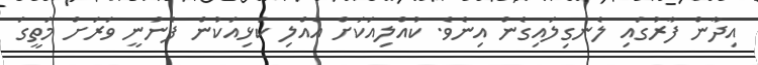
އިދާން ފާރުގައި ލެނގިލައިގެން އިނެވެ. ކުއްލިއަކަށް އެއްލި ކަޅިއަކުން ފެނުނީ ވަރަށް މަތީގަ